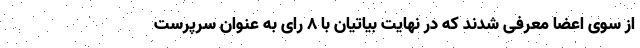
از سوی اعضا معرفی شدند که در نهایت بیاتیان با ۸ رای به عنوان سرپرست